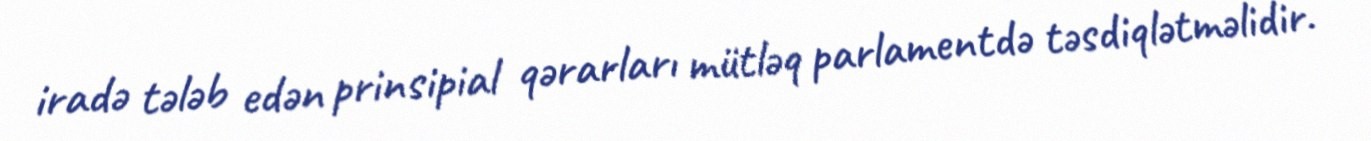
iradə tələb edən prinsipial qərarları mütləq parlamentdə təsdiqlətməlidir.